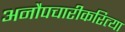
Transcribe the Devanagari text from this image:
अनौपचारीकरित्या